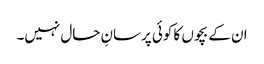
ان کے بچوں کا کوئی پرسانِ حال نہیں۔